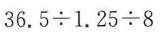
$$3 6 . 5 \div 1 . 2 5 \div 8$$